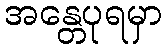
အန္တေပုရမှာ